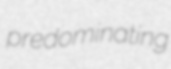
predominating